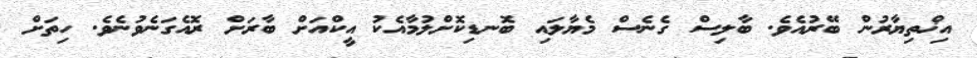
އިޚްތިޔާރުން ބޭރުއެވެ. ބާލިސް ގެނެސް މެޔާލައި ބޮނޑިކޮށްލުމާއެކު އީކްއަށް ބާރަށް ރޮއެގަނެވުނެވެ. ހިތަށް